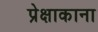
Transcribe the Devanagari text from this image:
प्रेक्षाकाना